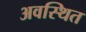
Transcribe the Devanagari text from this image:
अवस्‍थित